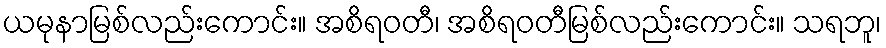
ယမုနာမြစ်လည်းကောင်း။ အစိရဝတီ၊ အစိရဝတီမြစ်လည်းကောင်း။ သရဘူ၊